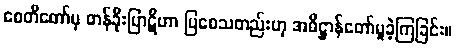
စေတီတော်မှ တန်ခိုးပြာဋိဟာ ပြစေသတည်းဟု အဓိဋ္ဌာန်တော်မူခဲ့ကြခြင်း။